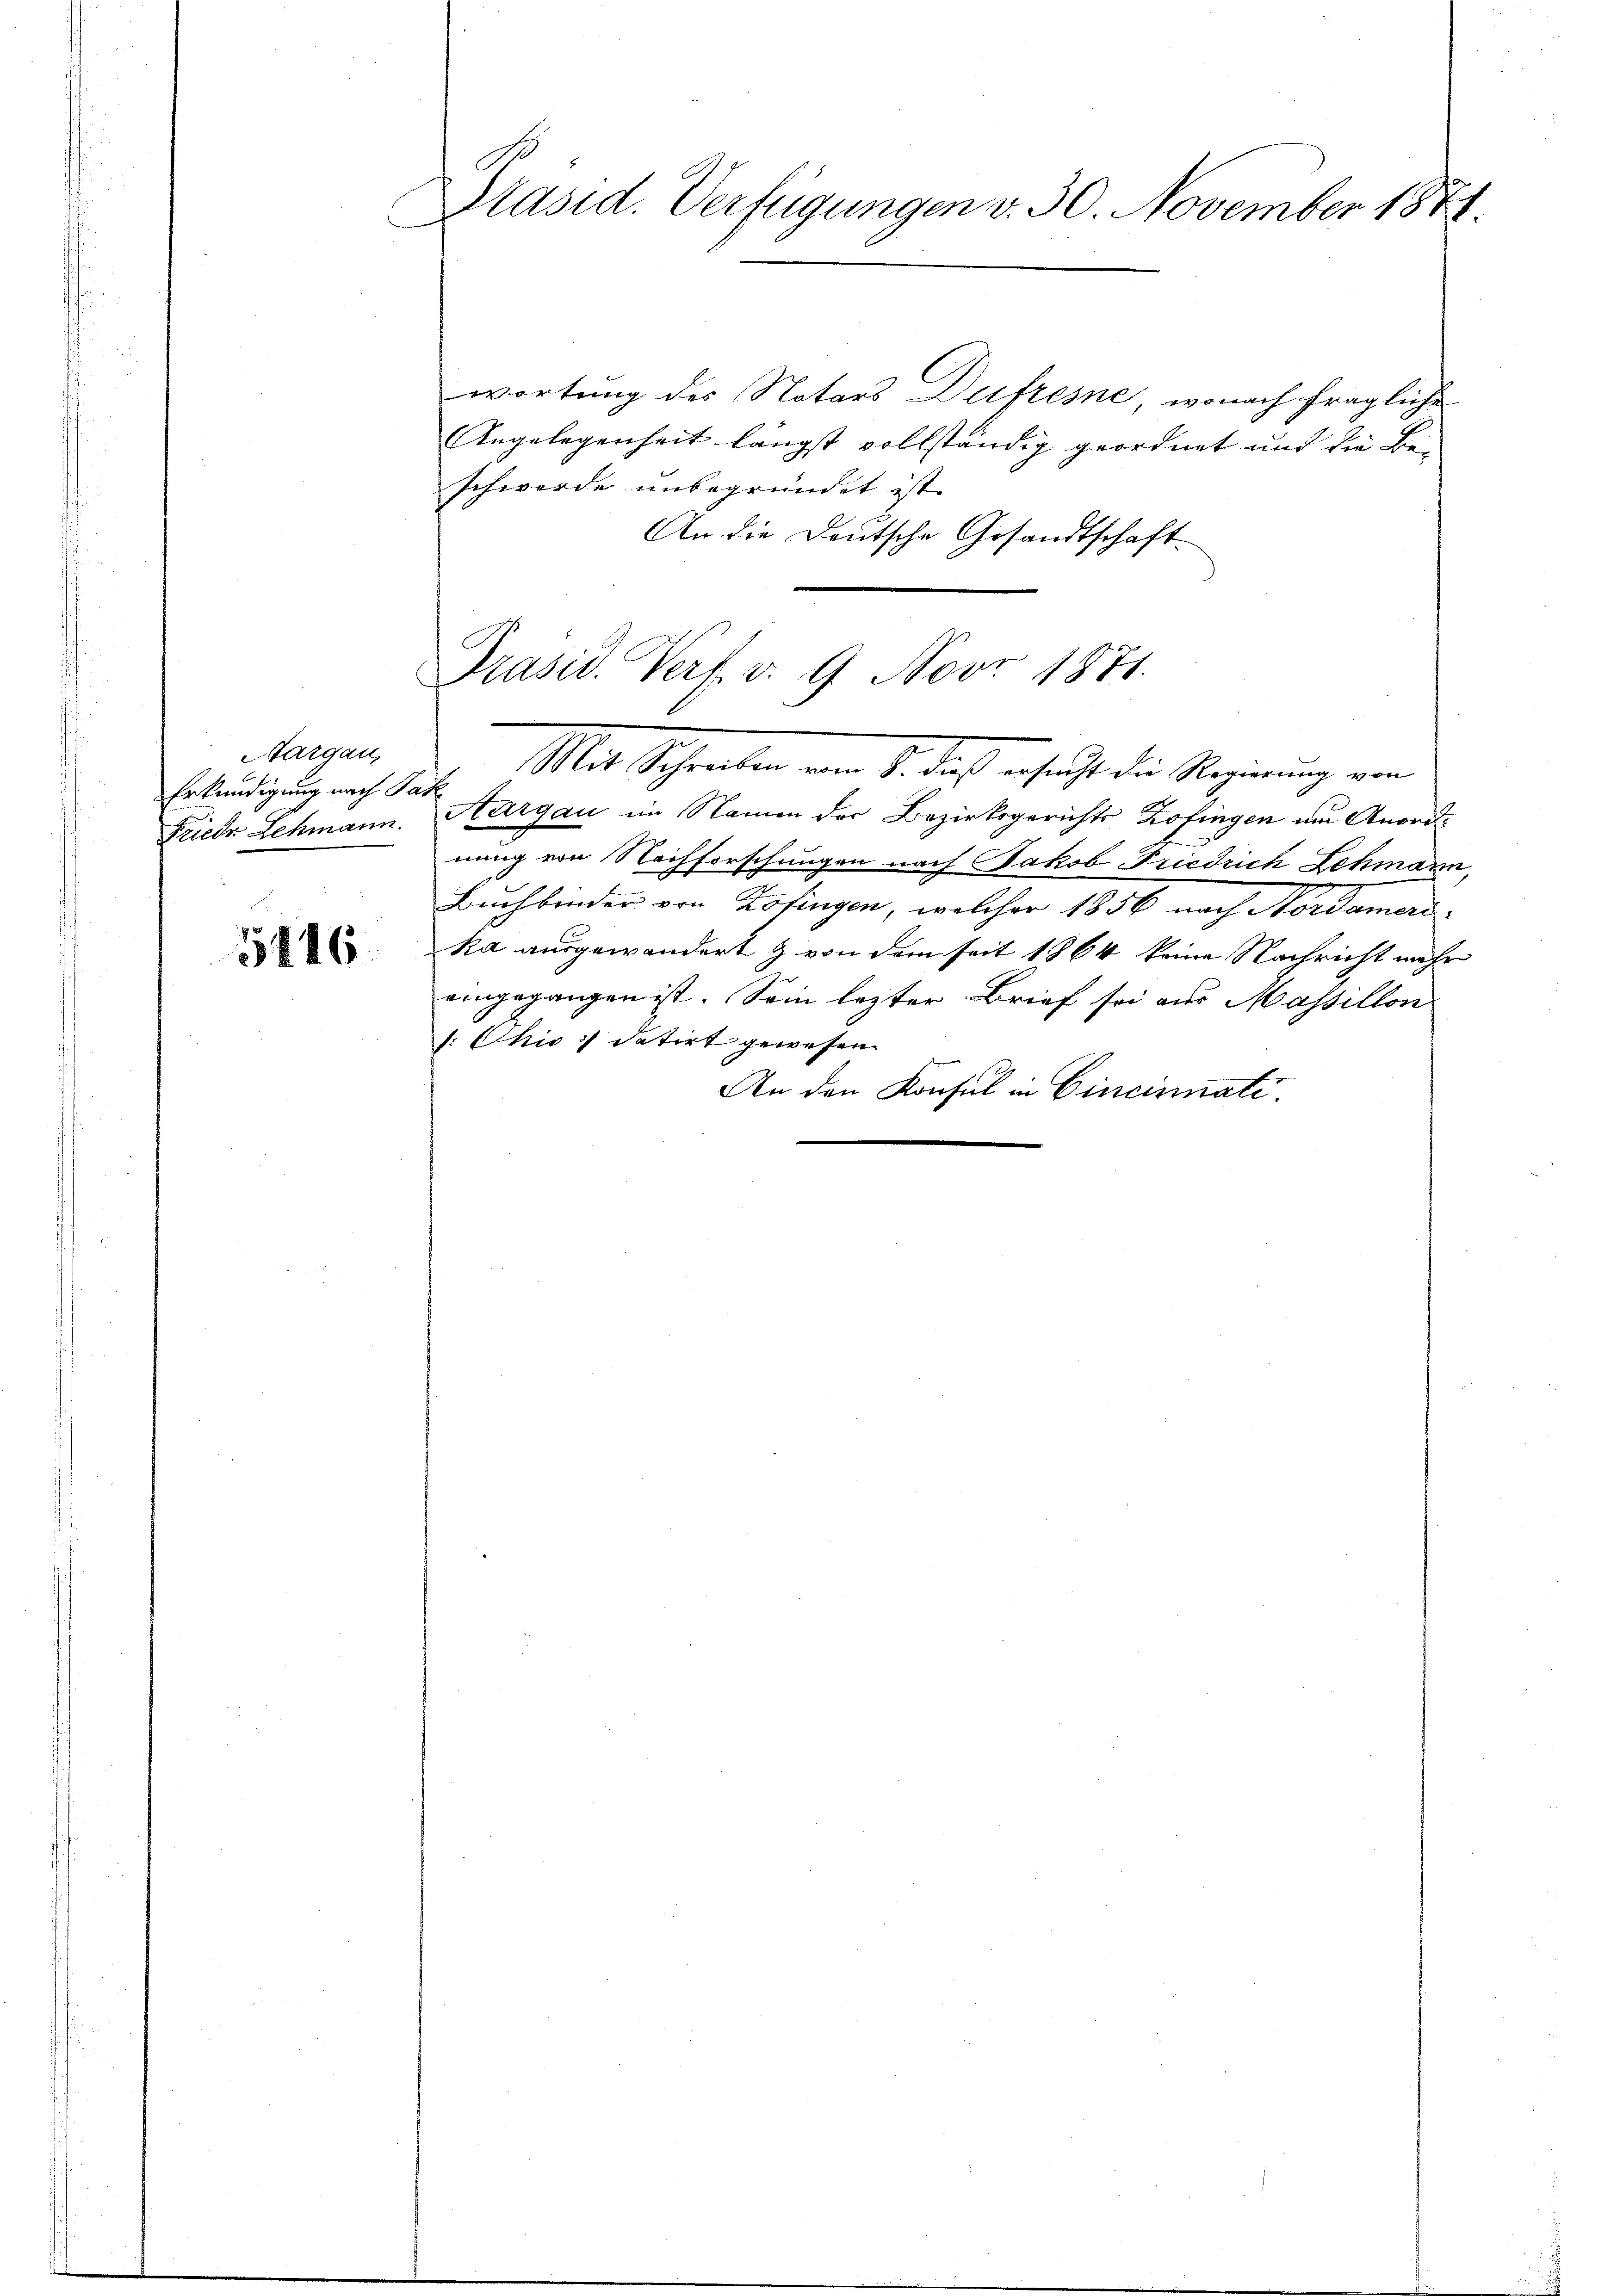
Aargau,
Erkundigung nach Jak
Friedr Lehmann.

5816.

Präsid. Verfügungen v. 30. November 1874.

Präsid. Verf. v. 9. Nov. 1871.
Mit Schreiben von S. dich schrift die Meinung von

wortung des Notars Dufresne, wonach fragliche
Angelegenheit längst vollständig geordnet und die Be-
schwerde unbegründet ist.
An die Deutsche Gesandtschaft

Aargau im Namen der Bezirksgerichts Zofingen am Anordnung von Nachforschungen nach Jakob Friedrich Schmann,
Buchbinder von Zofingen, welcher 1856 nach Nordamerika ausgewandert & von dem seit 1864 keine Nachricht mehr
eingegangen ist. Sein lezter Brief sei aus Massillon
: Chio datirt gewesen.
r
An den Konsul in Cincinuati